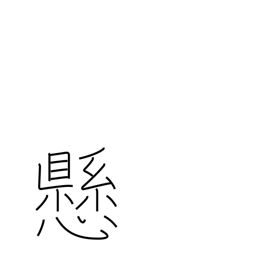
Meaning: state of suspension